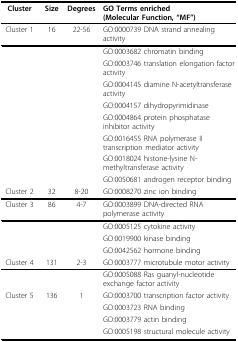
<table><thead><tr><td><b>Cluster</b></td><td><b>Size</b></td><td><b>Degrees</b></td><td><b>GO Terms enriched (Molecular Function, "MF")</b></td></tr></thead><tbody><tr><td>Cluster 1</td><td>16</td><td>22-56</td><td>GO:0000739 DNA strand annealing activity</td></tr><tr><td>[EMPTY_CELL]</td><td>[EMPTY_CELL]</td><td>[EMPTY_CELL]</td><td>GO:0003682 chromatin binding</td></tr><tr><td>[EMPTY_CELL]</td><td>[EMPTY_CELL]</td><td>[EMPTY_CELL]</td><td>GO:0003746 translation elongation factor activity</td></tr><tr><td>[EMPTY_CELL]</td><td>[EMPTY_CELL]</td><td>[EMPTY_CELL]</td><td>GO:0004145 diamine N-acetyltransferase activity</td></tr><tr><td>[EMPTY_CELL]</td><td>[EMPTY_CELL]</td><td>[EMPTY_CELL]</td><td>GO:0004157 dihydropyrimidinase</td></tr><tr><td>[EMPTY_CELL]</td><td>[EMPTY_CELL]</td><td>[EMPTY_CELL]</td><td>GO:0004864 protein phosphatase inhibitor activity</td></tr><tr><td>[EMPTY_CELL]</td><td>[EMPTY_CELL]</td><td>[EMPTY_CELL]</td><td>GO:0016455 RNA polymerase II transcription mediator activity</td></tr><tr><td>[EMPTY_CELL]</td><td>[EMPTY_CELL]</td><td>[EMPTY_CELL]</td><td>GO:0018024 histone-lysine N-methyltransferase activity</td></tr><tr><td>[EMPTY_CELL]</td><td>[EMPTY_CELL]</td><td>[EMPTY_CELL]</td><td>GO:0050681 androgen receptor binding</td></tr><tr><td>Cluster 2</td><td>32</td><td>8-20</td><td>GO:0008270 zinc ion binding</td></tr><tr><td>Cluster 3</td><td>86</td><td>4-7</td><td>GO:0003899 DNA-directed RNA polymerase activity</td></tr><tr><td>[EMPTY_CELL]</td><td>[EMPTY_CELL]</td><td>[EMPTY_CELL]</td><td>GO:0005125 cytokine activity</td></tr><tr><td>[EMPTY_CELL]</td><td>[EMPTY_CELL]</td><td>[EMPTY_CELL]</td><td>GO:0019900 kinase binding</td></tr><tr><td>[EMPTY_CELL]</td><td>[EMPTY_CELL]</td><td>[EMPTY_CELL]</td><td>GO:0042562 hormone binding</td></tr><tr><td>Cluster 4</td><td>131</td><td>2-3</td><td>GO:0003777 microtubule motor activity</td></tr><tr><td>[EMPTY_CELL]</td><td>[EMPTY_CELL]</td><td>[EMPTY_CELL]</td><td>GO:0005088 Ras guanyl-nucleotide exchange factor activity</td></tr><tr><td>Cluster 5</td><td>136</td><td>1</td><td>GO:0003700 transcription factor activity</td></tr><tr><td>[EMPTY_CELL]</td><td>[EMPTY_CELL]</td><td>[EMPTY_CELL]</td><td>GO:0003723 RNA binding</td></tr><tr><td>[EMPTY_CELL]</td><td>[EMPTY_CELL]</td><td>[EMPTY_CELL]</td><td>GO:0003779 actin binding</td></tr><tr><td>[EMPTY_CELL]</td><td>[EMPTY_CELL]</td><td>[EMPTY_CELL]</td><td>GO:0005198 structural molecule activity</td></tr></tbody></table>